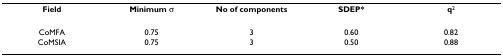
| Field | Minimum σ | No of components | SDEP* | q2 |
 | --- | --- | --- | --- | --- |
 | CoMFA | 0.75 | 3 | 0.60 | 0.82 |
 | CoMSIA | 0.75 | 3 | 0.50 | 0.88 |